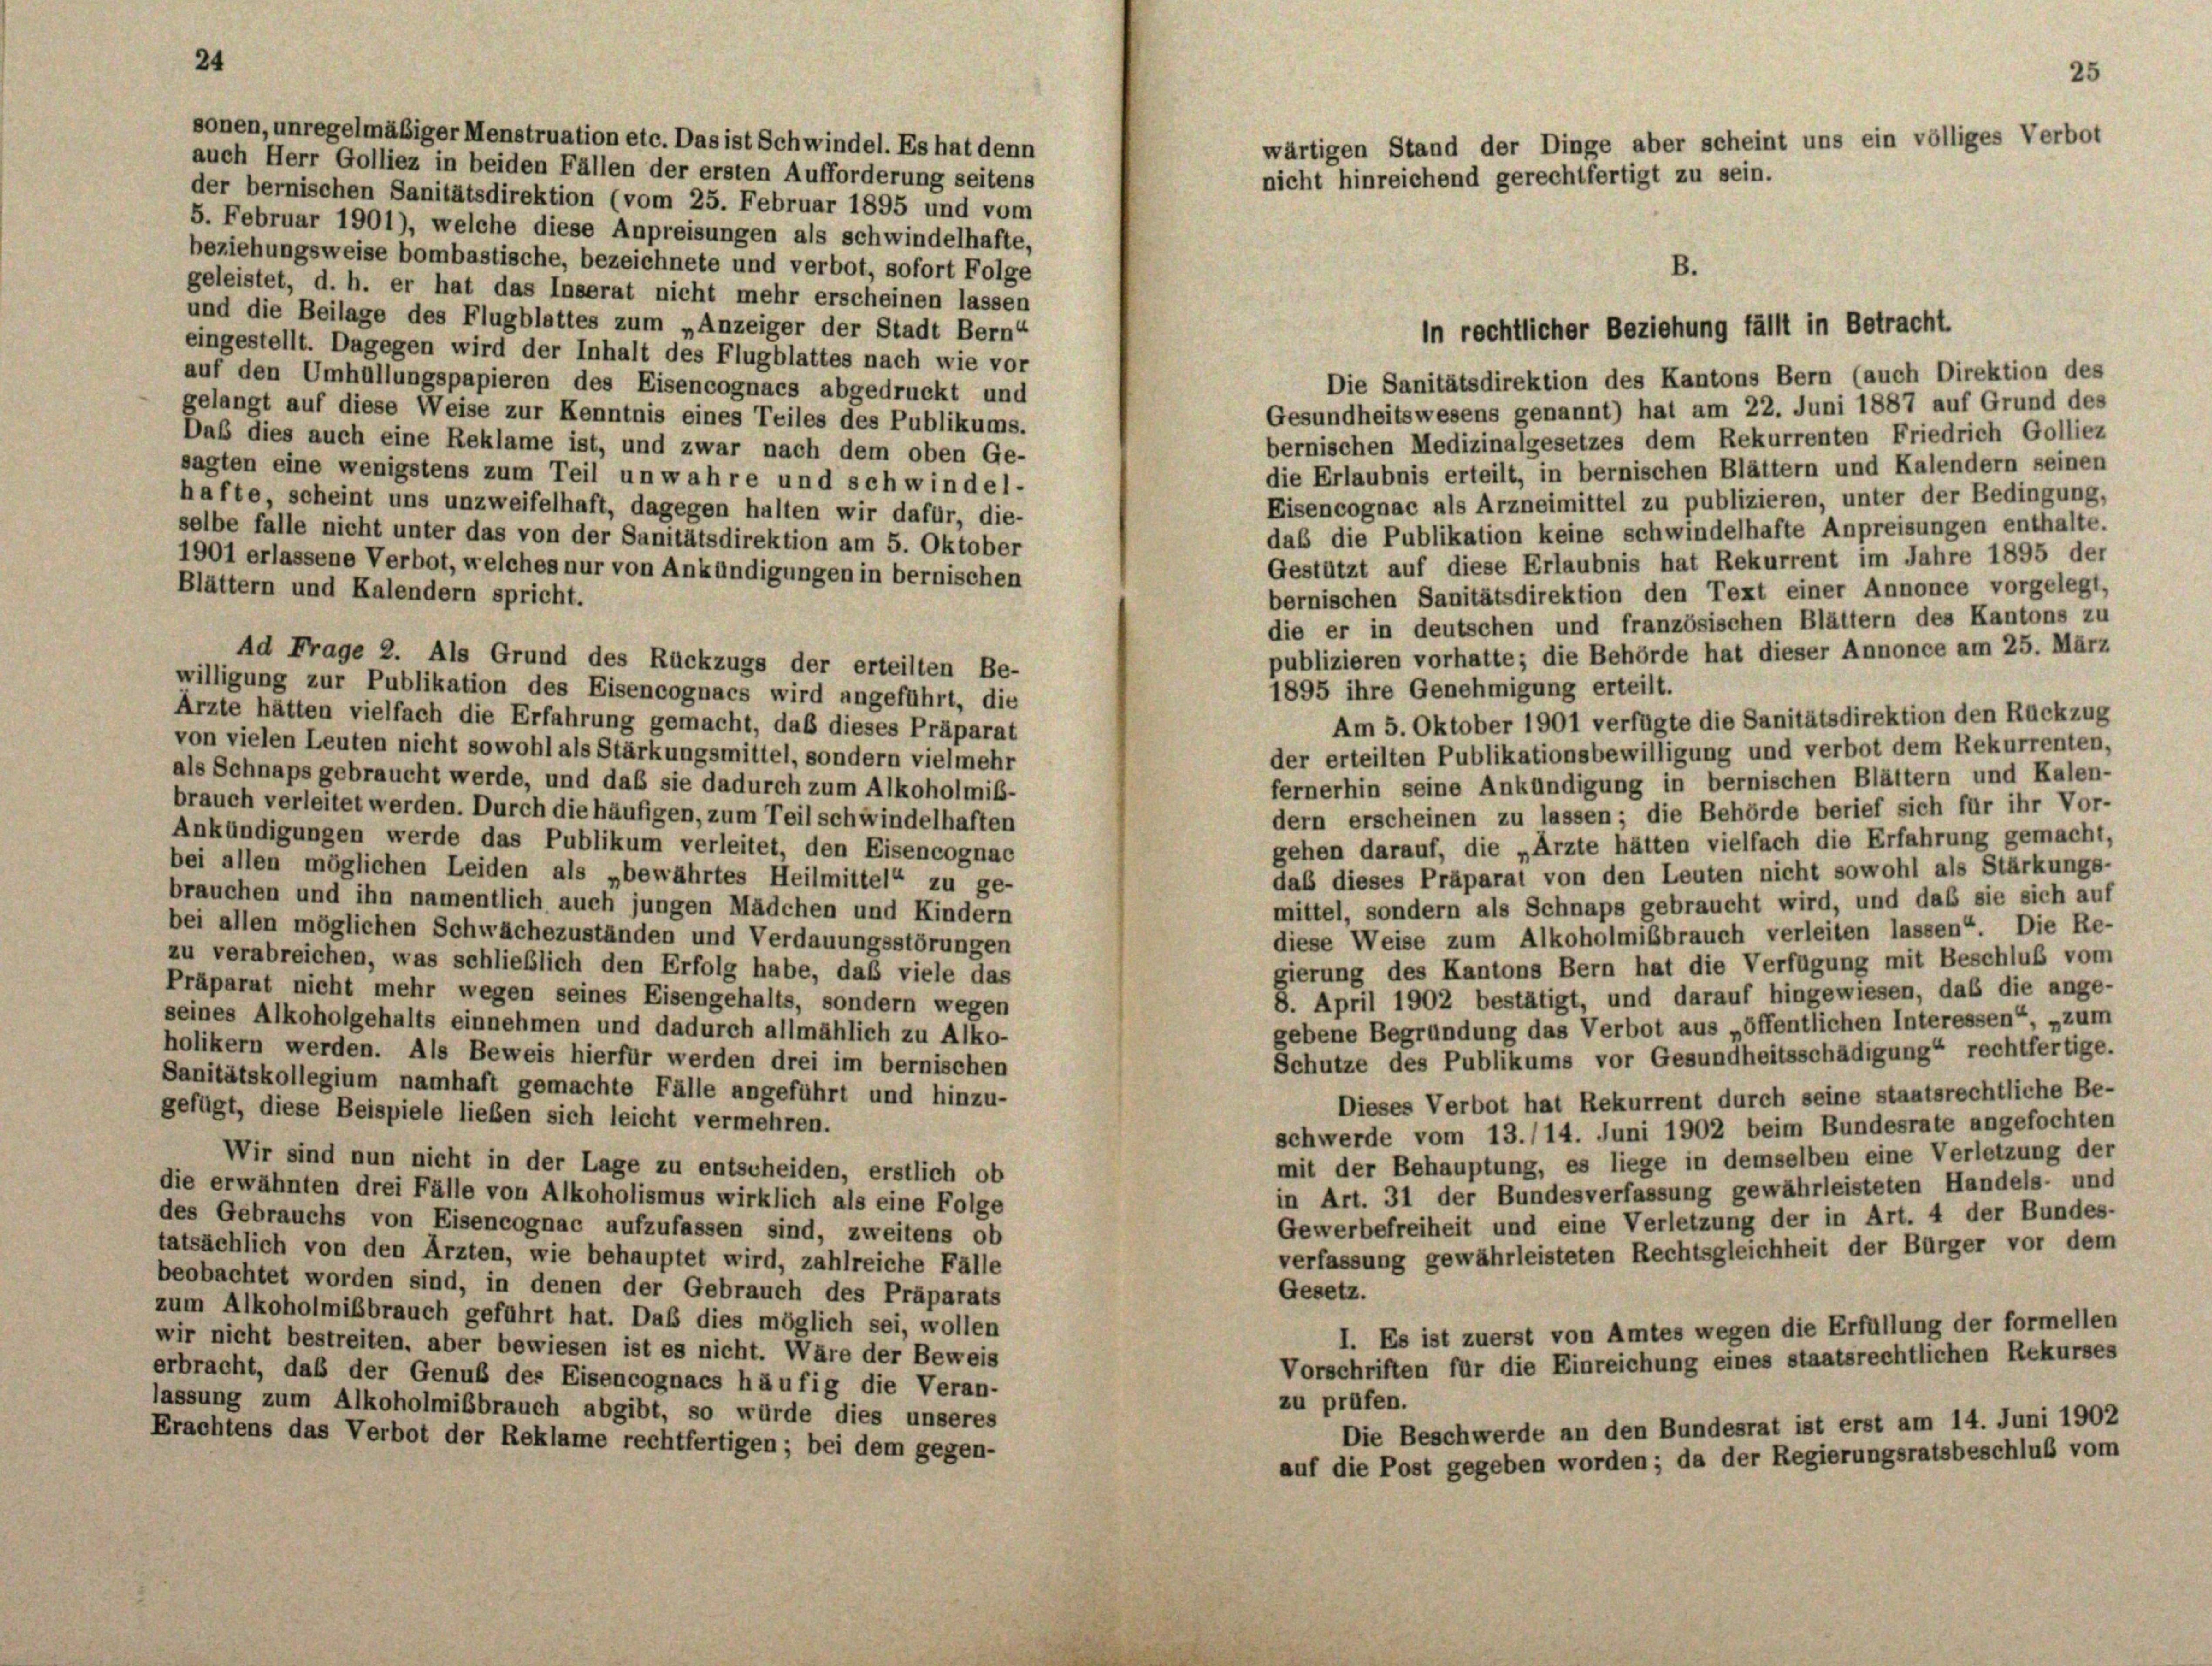
24

sonen, unregelmäßiger Menstruation etc. Das ist Schwindel. Es hat denn
auch Herr Golliez in beiden Fällen der ersten Aufforderung seitens
der bernischen Sanitätsdirektion (vom 25. Februar 1895 und vom
5. Februar 1901), welche diese Anpreisungen als schwindelhafte,
beziehungsweise bombastische, bezeichnete und verbot, sofort Folge
geleistet, d. h. er hat das Inserat nicht mehr erscheinen lassen
und die Beilage des Flugblattes zum „Anzeiger der Stadt Bern
eingestellt. Dagegen wird der Inhalt des Flugblattes nach wie vor
Die Sanitätsdirektion des Kantons Bern (auch Direktion des
auf den Umhüllungspapieren des Eisencognacs abgedruckt und
Gesundheitswesens genannt) hat am 22. Juni 1887 auf Grund des
gelangt auf diese Weise zur Kenntnis eines Teiles des Publikums.
bernischen Medizinalgesetzes dem Rekurrenten Friedrich Golliez
Daß dies auch eine Reklame ist, und zwar nach dem oben Ge-
die Erlaubnis erteilt, in bernischen Blättern und Kalendern seinen
sagten eine wenigstens zum Teil unwahre und schwindel-
Eisencognac als Arzneimittel zu publizieren, unter der Bedingung,
hafte, scheint uns unzweifelhaft, dagegen halten wir dafür, die-
daß die Publikation keine schwindelhafte Anpreisungen enthalte.
selbe falle nicht unter das von der Sanitätsdirektion am 5. Oktober
Gestützt auf diese Erlaubnis hat Rekurrent im Jahre 1895 der
1901 erlassene Verbot, welches nur von Ankündigungen in bernischen
Blättern und Kalendern spricht.
bernischen Sanitätsdirektion den Text einer Annonce vorgelegt,
die er in deutschen und französischen Blättern des Kantons zu
publizieren vorhatte; die Behörde hat dieser Annonce am 25. März
Ad Frage 2. Als Grund des Rückzugs der erteilten Be-
willigung zur Publikation des Eisencognacs wird angeführt, die
1895 ihre Genehmigung erteilt.
Ärzte hätten vielfach die Erfahrung gemacht, daß dieses Präparat
Am 5. Oktober 1901 verfügte die Sanitätsdirektion den Rückzug
von vielen Leuten nicht sowohl als Stärkungsmittel, sondern vielmehr
der erteilten Publikationsbewilligung und verbot dem Rekurrenten,
als Schnaps gebraucht werde, und daß sie dadurch zum Alkoholmiß-
fernerhin seine Ankündigung in bernischen Blättern und Kalen-
brauch verleitet werden. Durch die häufigen, zum Teil schwindelhaften
dern erscheinen zu lassen; die Behörde berief sich für ihr Vor-
Ankündigungen werde das Publikum verleitet, den Eisencognac
gehen darauf, die „Arzte hätten vielfach die Erfahrung gemacht,
bei allen möglichen Leiden als „bewährtes Heilmittel“ zu ge-
das dieses Präparal von den Leuten nicht sowohl als Stärkungs-
brauchen und ihn namentlich auch jungen Mädchen und Kindern
mittel, sondern als Schnaps gebraucht wird, und daß sie sich auf
bei allen möglichen Schwachezuständen und Verdauungsstörungen
diese Weise zum Alkoholmißbrauch verleiten lassen“ Die Re-
zu verabreichen, was schließlich den Erfolg habe, daß viele das
gierung des Kantons Bern hat die Verfügung mit Beschluß vom
Präparat nicht mehr wegen seines Eisengehalts, sondern wegen
8. April 1902 bestätigt, und darauf hingewiesen, daß die ange-
seines Alkoholgehalts einnehmen und dadurch allmählich zu Alko-
gebene Begründung das Verbot aus „öffentlichen Interessen“, „zum
holikern werden. Als Beweis hierfür werden drei im bernischen
Schutze des Publikums vor Gesundheitsschädigung“ rechtfertige.
Sanitätskollegium namhaft gemachte Fälle angeführt und hinzu-
Dieses Verbot hat Rekurrent durch seine staatsrechtliche Be-
gefügt, diese Beispiele lieben sich leicht vermehren.
schwerde vom 13./14. Juni 1902 beim Bundesrate angefochten
mit der Behauptung, es liege in demselben eine Verletzung der
Wir sind nun nicht in der Lage zu entscheiden, erstlich ob
in Art. 31 der Bundesverfassung gewährleisteten Handels- und
die erwähnten drei Fälle von Alkoholismus wirklich als eine Folge
Gewerbefreiheit und eine Verletzung der in Art. 4 der Bundes-
des Gebrauchs von Eisencognac aufzufassen sind, zweitens ob
verfassung gewährleisteten Rechtsgleichheit der Bürger vor dem
tatsächlich von den Ärzten, wie behauptet wird, zahlreiche Fälle
beobachtet worden sind, in denen der Gebrauch des Präparats
Gesetz.
zum Alkoholmißbrauch geführt hat. Daß dies möglich sei, wollen
I. Es ist zuerst von Amtes wegen die Erfüllung der formellen
wir nicht bestreiten, aber bewiesen ist es nicht. Wäre der Beweis
Vorschriften für die Einreichung eines staatsrechtlichen Rekurses
erbracht, daß der Genuß der Eisencognacs häufig die Veran-
zu prüfen.
lassung zum Alkoholmißbrauch abgibt, so würde dies unseres
Die Beschwerde an den Bundesrat ist erst am 14. Juni 1902
Erachtens das Verbot der Reklame rechtfertigen; bei dem gegen-
auf die Post gegeben worden; da der Regierungsratsbeschluß vom

25
wärtigen Stand der Dinge aber scheint uns ein völliges Verbot
nicht hinreichend gerechtfertigt zu sein.
B.

in rechtlicher Beziehung fällt in Betracht